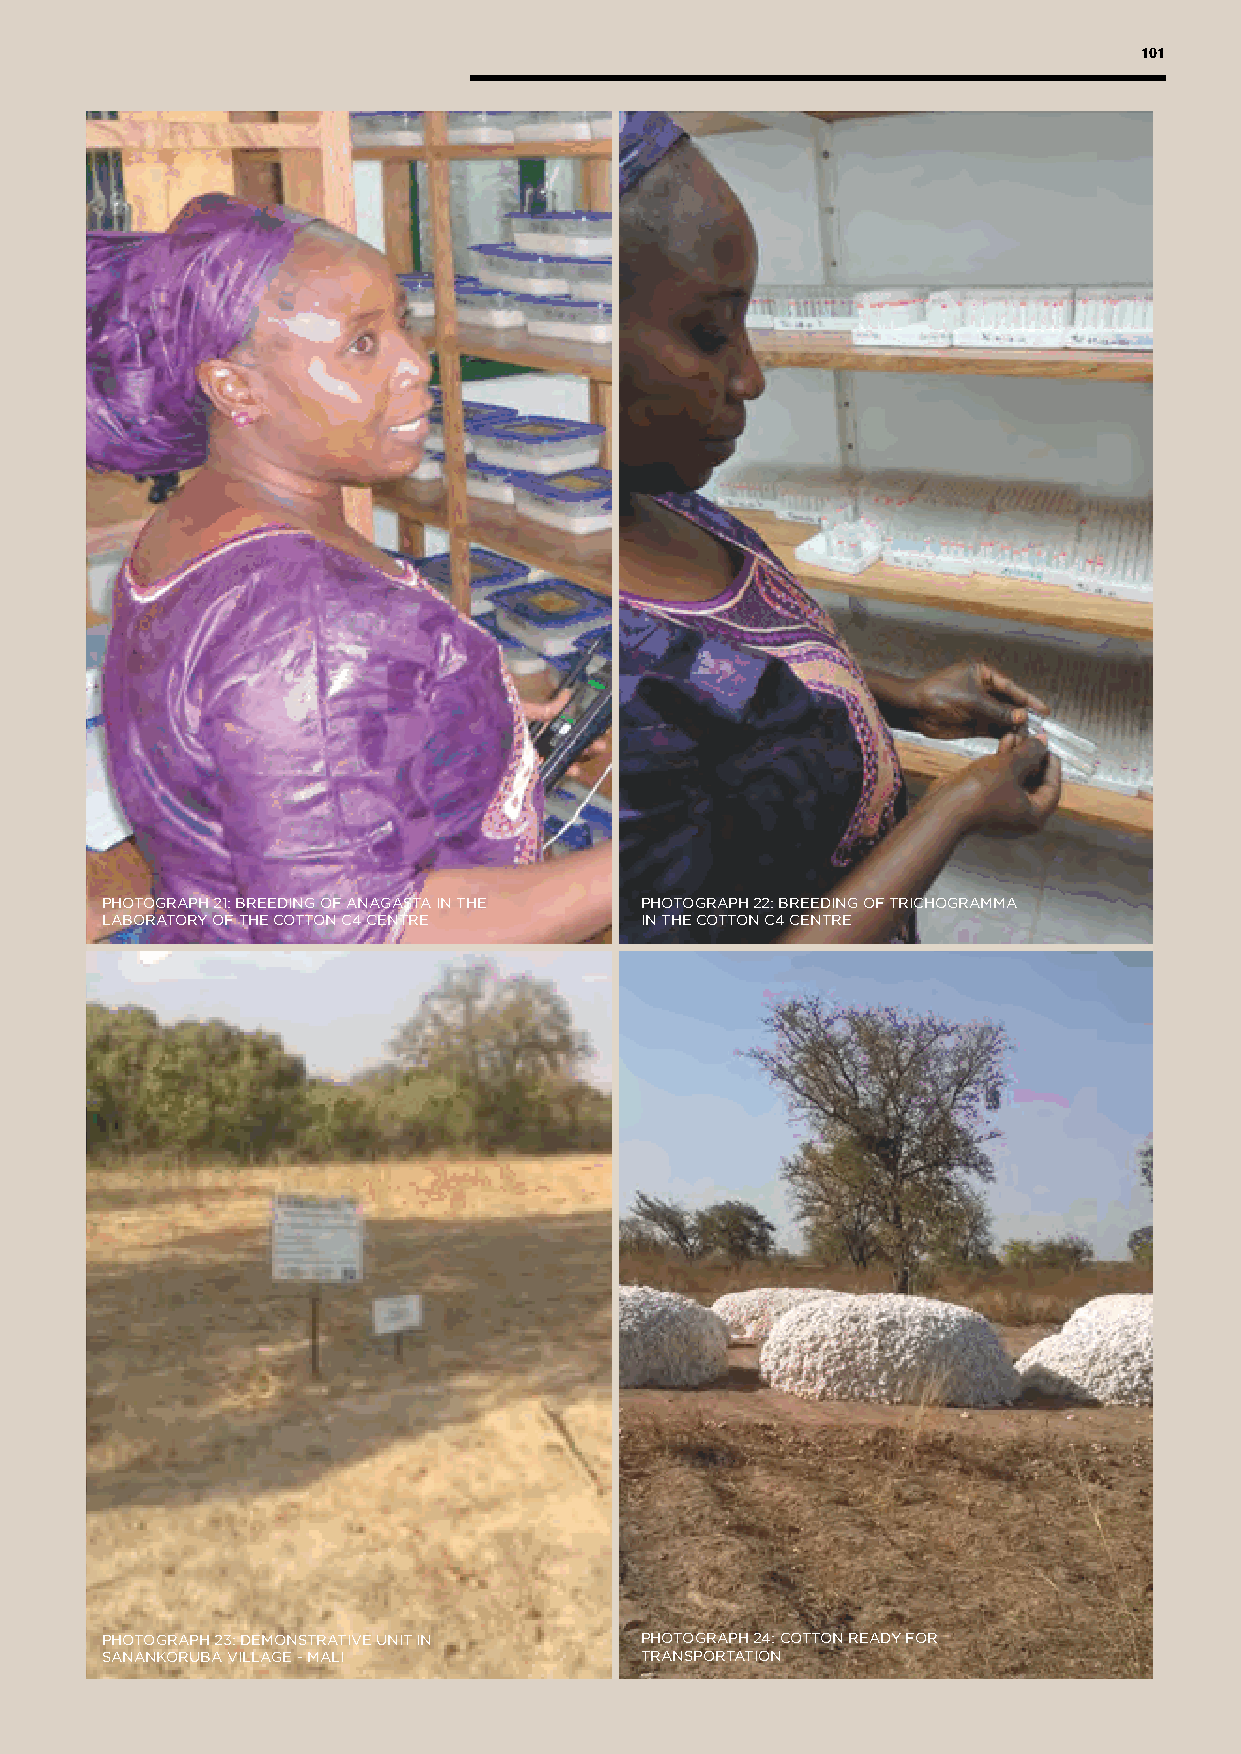
101
 PHOTOGRAPH 21: BREEDING OF ANAGASTA IN THE PHOTOGRAPH 22: BREEDING OF TRICHOGRAMMA
 LABORATORY OF THE COTTON C4 CENTRE IN THE COTTON C4 CENTRE
 PHOTOGRAPH 23: DEMONSTRATIVE UNIT IN PHOTOGRAPH 24: COTTON READY FOR
 SANANKORUBA VILLAGE - MALI         TRANSPORTATION